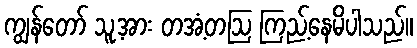
ကျွန်တော် သူ့အား တအံ့တဩ ကြည့်နေမိပါသည်။